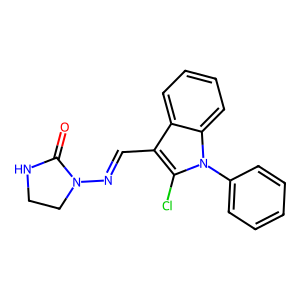
SMILES: O=C1NCCN1N=Cc1c(Cl)n(-c2ccccc2)c2ccccc12
Inhibits HIV replication: No